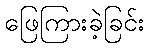
ဖြေကြားခဲ့ခြင်း